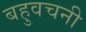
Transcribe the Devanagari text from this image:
बहुवचनी